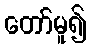
တော်မူ၍